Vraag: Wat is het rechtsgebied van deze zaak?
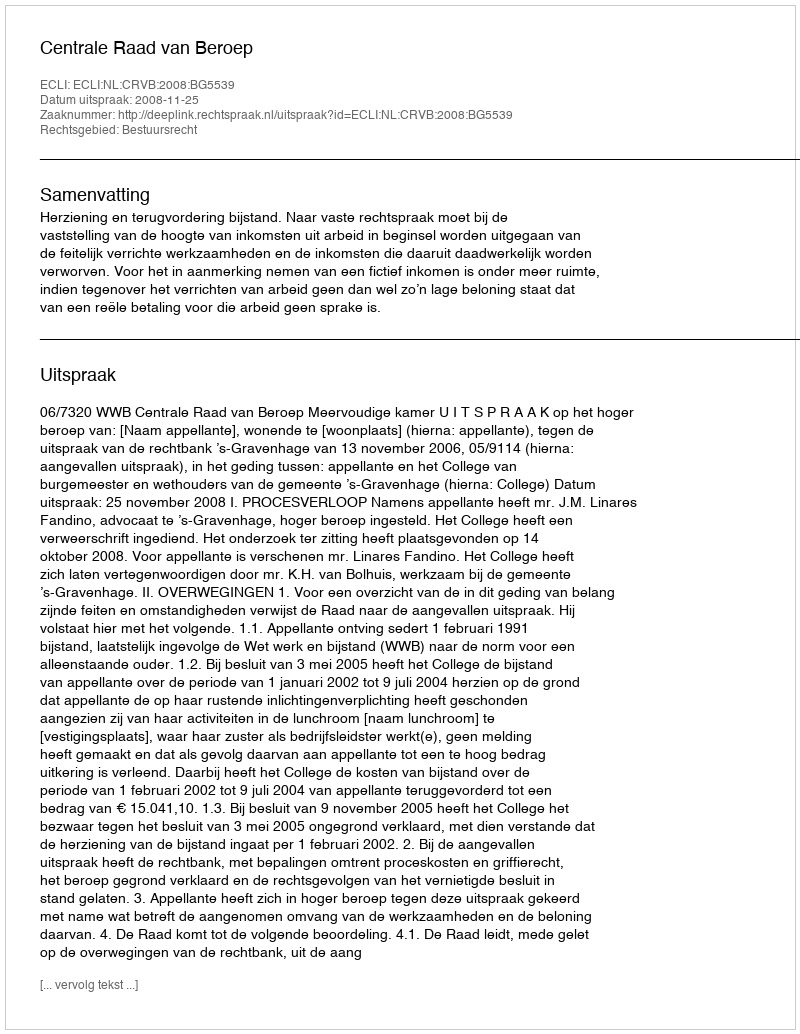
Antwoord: Bestuursrecht